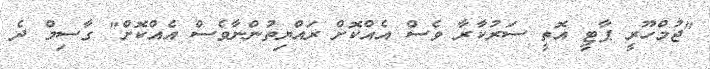
"ޖުމްހޫރީ ޕާޓީ އޮތީ ސަރުކާރާ ވެސް އެއްކޮށް ރައްޔިތުންނާވެސް އެއްކޮށް" ގާސިމް ދެ